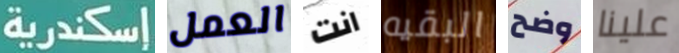
إسكندرية العمل انت البقيه وضح علينا